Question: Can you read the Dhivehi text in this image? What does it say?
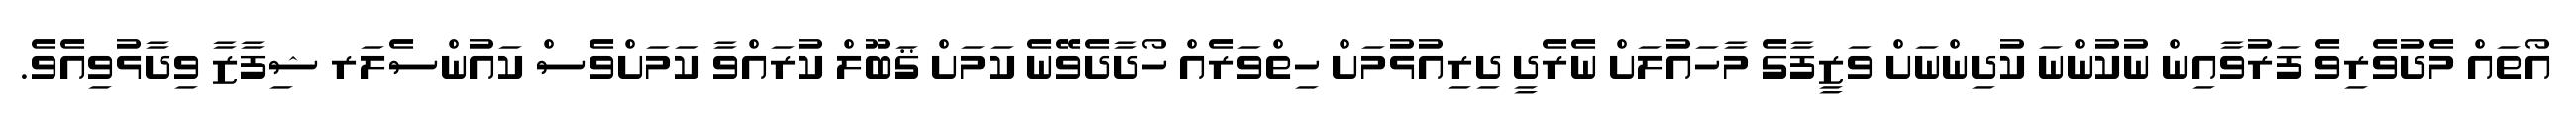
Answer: އޯތައް މެދުވެރިވެ ފަރުވާއިން ނުކުންނަ ކުދިންނަށް ވަޒީފާގެ މާހައުލަށް ނެރެދީ ދިރިއުޅުމަށް ހިތްވަރެއް ހޯދާދެވޭނެ ކަމަށް ޤަބޫލް ކުރައްވާ ކަމަށްވެސް ކައުންސެލަރ ޝިފާޒާ ވިދާޅުވިއެވެ.